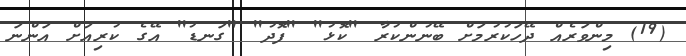
(19) މިންވަރެއް ދޭހަކުރުމަށް ބޭނުންކުރާ "ކޮޅު" "ފޮދު" "ގަނޑު" އޭގެ ކުރިއަށް އަންނަ